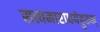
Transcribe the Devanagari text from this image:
सत्यमाराधयेद्गुरुम्